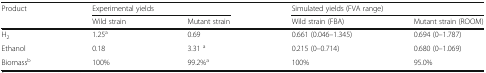
| <ROWSPAN=2> Product | <COLSPAN=2> Experimental yields | <COLSPAN=2> Simulated yields (FVA range) |
 | Wild strain | Mutant strain | Wild strain (FBA) | Mutant strain (ROOM) |
 | --- | --- | --- | --- | --- |
 | H2 | 1.25a | 0.69 | 0.661 (0.046–1.345) | 0.694 (0–1.787) |
 | Ethanol | 0.18 | 3.31 a | 0.215 (0–0.714) | 0.680 (0–1.069) |
 | Biomassb | 100% | 99.2%a | 100% | 95.0% |